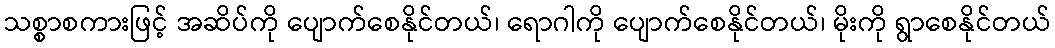
သစ္စာစကားဖြင့် အဆိပ်ကို ပျောက်စေနိုင်တယ်၊ ရောဂါကို ပျောက်စေနိုင်တယ်၊ မိုးကို ရွာစေနိုင်တယ်